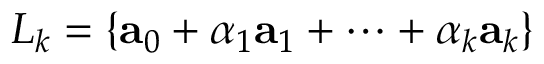
L _ { k } = \{ { \bf { a } } _ { 0 } + \alpha _ { 1 } { \bf { a } } _ { 1 } + \dots + \alpha _ { k } { \bf { a } } _ { k } \}